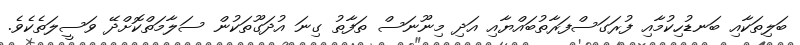
ބަލިތަކާއި ބަނޑުހިކުމާއި ފުރަގަސްފަރާތުބައްޔާއި އަދި މިނޫނަސް ތަފާތު ގިނަ އުދަގޫތަކުން ސަލާމަތްކޮށްދޭ ވަސީލަތެކެވެ.